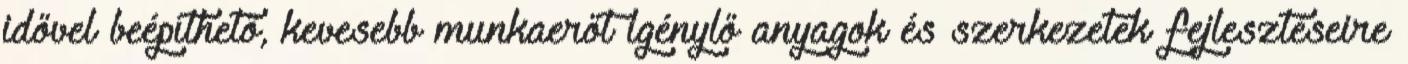
idővel beépíthető, kevesebb munkaerőt igénylő anyagok és szerkezetek fejlesztéseire